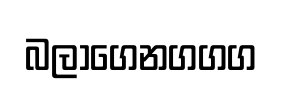
බලාගෙනගගග